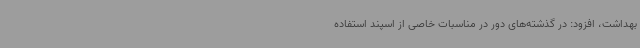
بهداشت، افزود: در گذشته‌های دور در مناسبات خاصی از اسپند استفاده